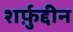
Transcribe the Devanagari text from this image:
शर्फ़ुद्दीन